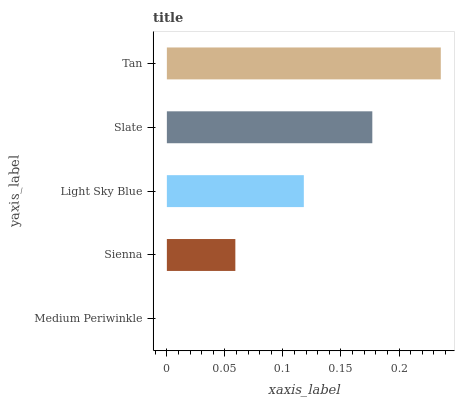
| yaxis_label | bars |
 | --- | --- |
 | Medium Periwinkle | 0 |
 | Sienna | 0.059 |
 | Light Sky Blue | 0.118 |
 | Slate | 0.177 |
 | Tan | 0.236 |